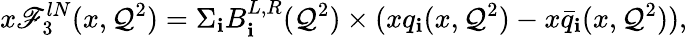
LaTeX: x\mathscr{F}_{3}^{lN}(x,\mathcal{Q}^{2})=\Sigma_{\mathbf{i}}B_{\mathbf{i}}^{L,R}(\mathcal{Q}^{2})\times(xq_{\mathbf{i}}(x,\mathcal{Q}^{2})-x\bar{{q}}_{\mathbf{i}}(x,\mathcal{Q}^{2})),